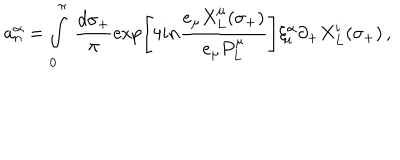
a _ { n } ^ { \alpha } = \int _ { 0 } ^ { \pi } ~ \frac { d \sigma _ { + } } { \pi } \exp \left[ 4 i n \frac { e _ { \mu } X _ { L } ^ { \mu } ( \sigma _ { + } ) } { e _ { \mu } P _ { L } ^ { \mu } } \right] \xi _ { i } ^ { \alpha } \partial _ { + } X _ { L } ^ { i } ( \sigma _ { + } ) \, ,